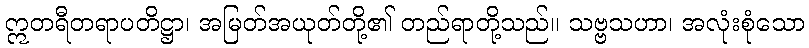
ဣတရီတရာပတိဋ္ဌာ၊ အမြတ်အယုတ်တို့၏ တည်ရာတို့သည်။ သဗ္ဗသဟာ၊ အလုံးစုံသော